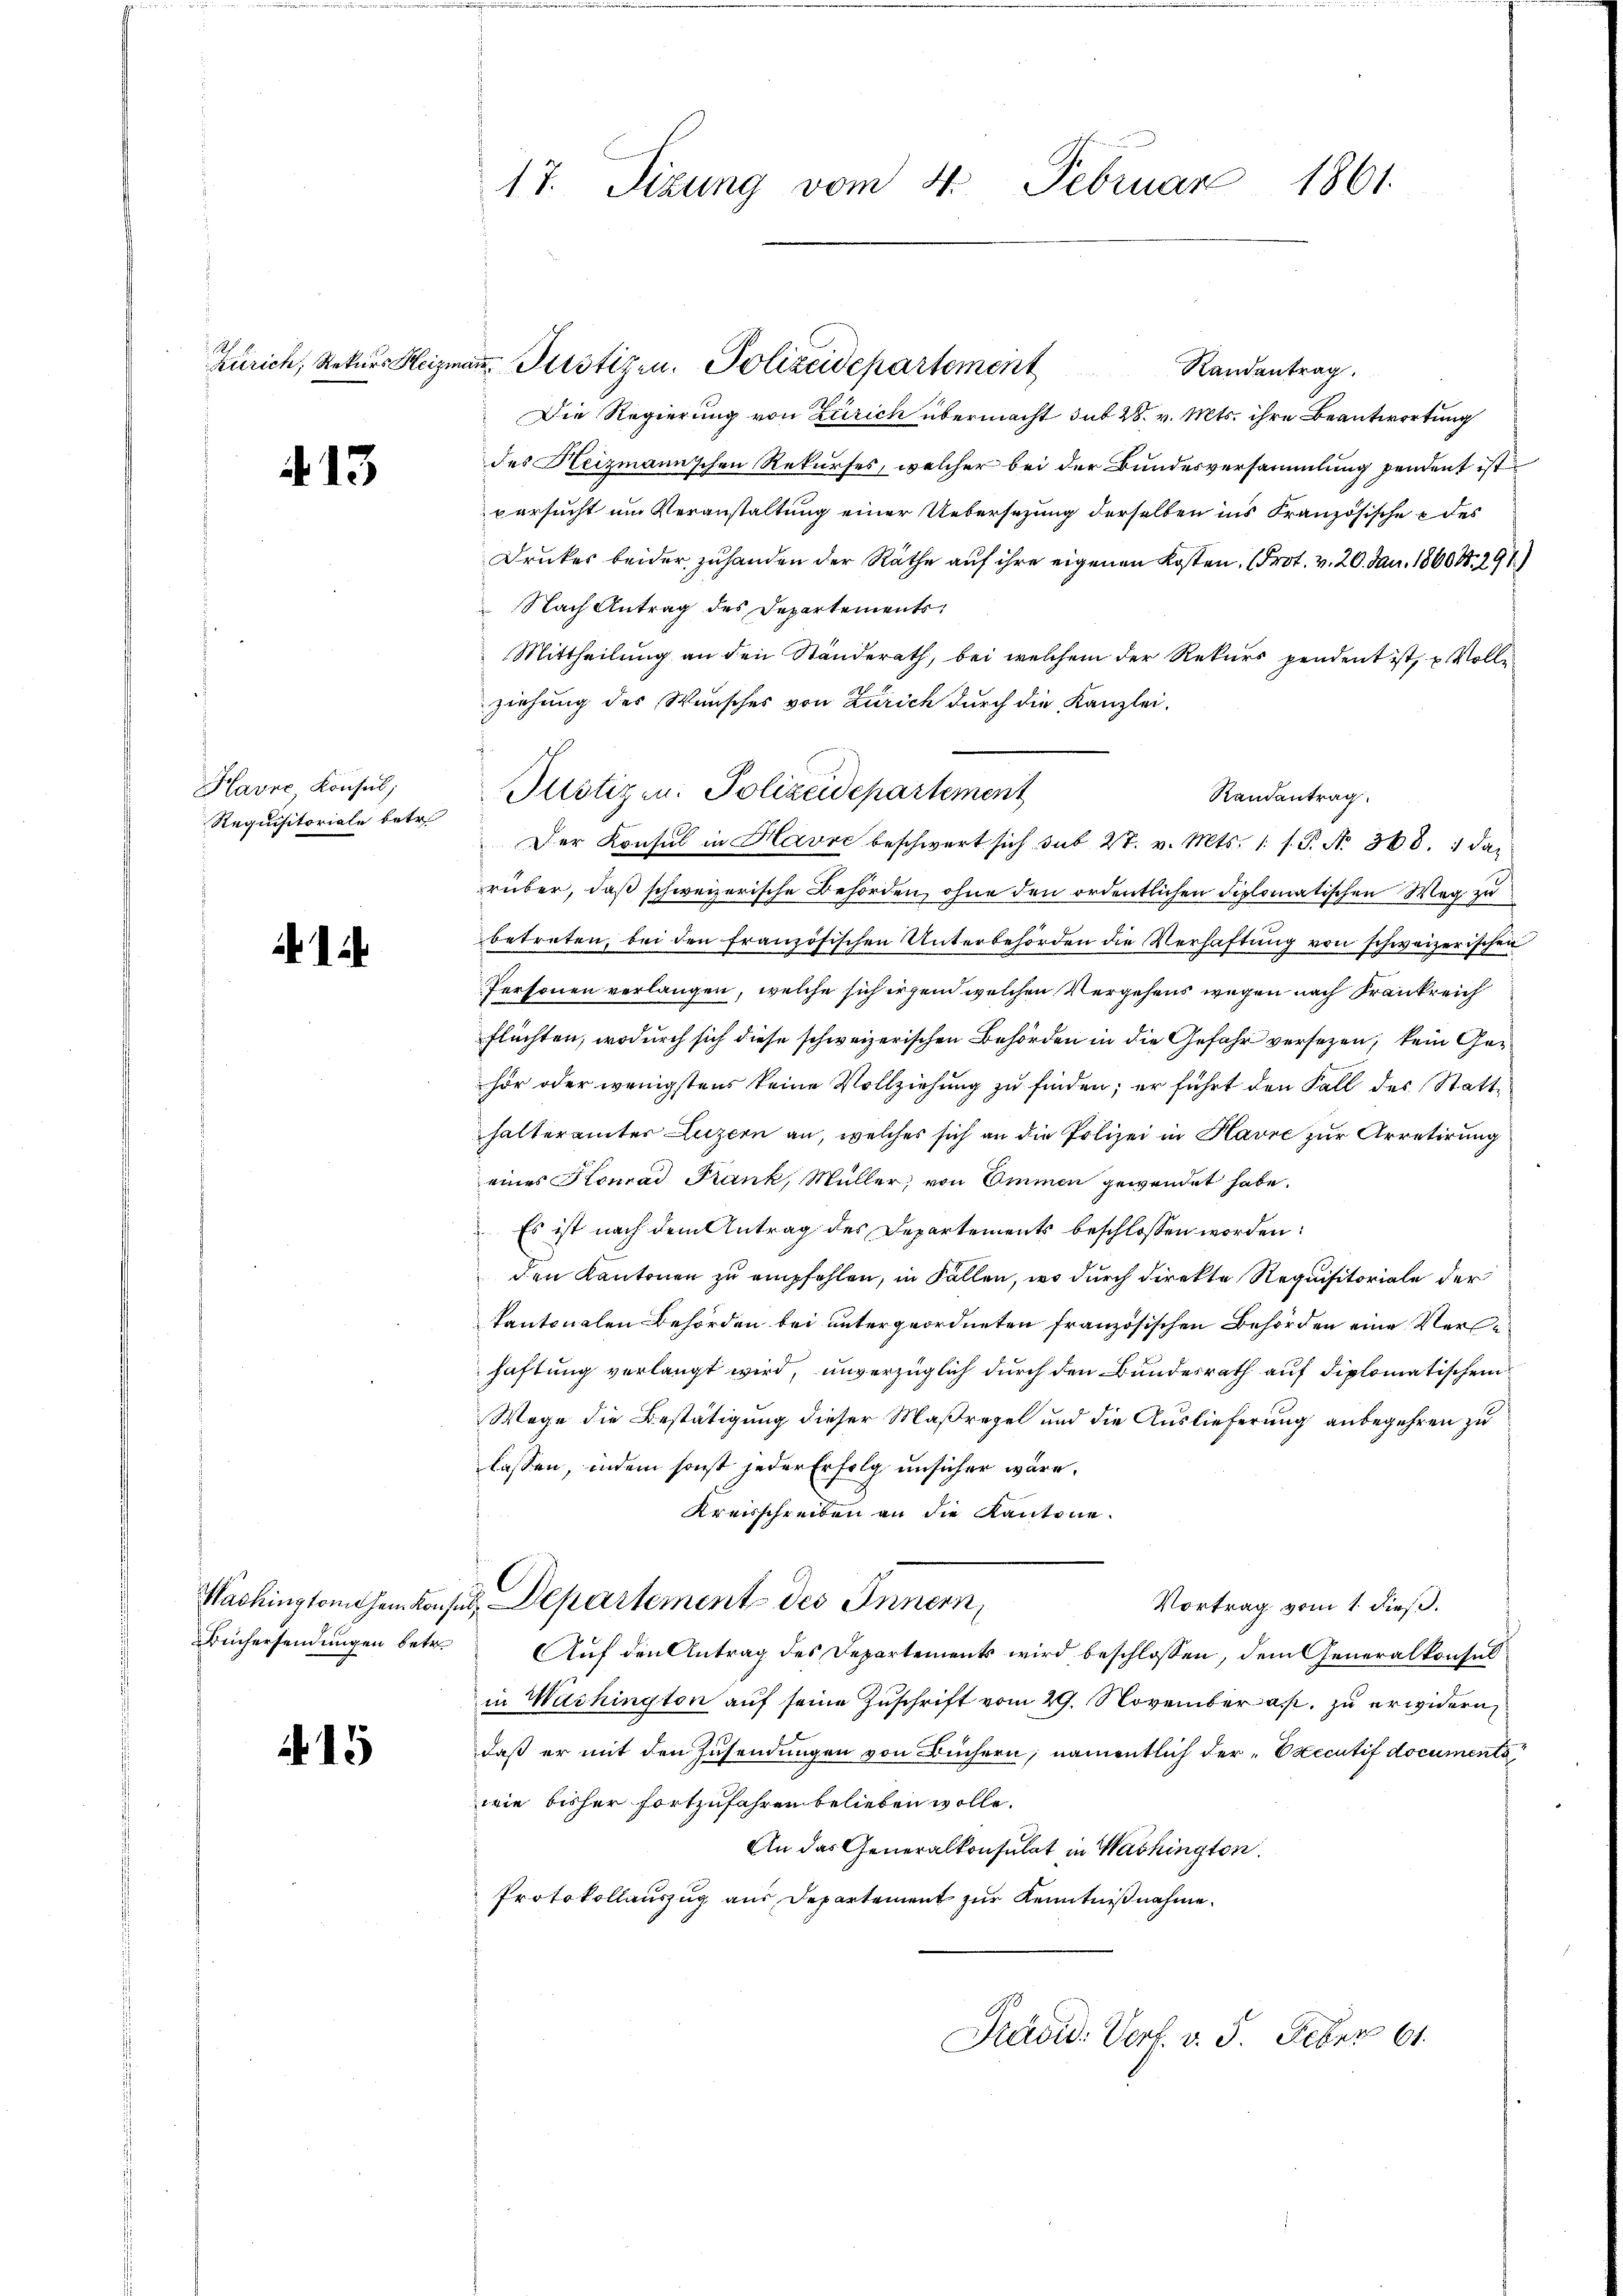
413

Havne Konsul,
Requisitoriale betr.

1

Büchersendungen betr.

1

17. Sizung vom 4. Februar 1861.

Zürich, Rekurs Heizmann Pristizen. Polizeidepartement

Randantrag.
Die Regierung von Zürich übermacht dit 28. v. Mts. ihre Beantwortung
des Heizmannschen Rekurses, welcher bei der Bundesversammlung sendent ist
versucht um Veranstaltung einer Uebersezung derselben ins Französische des
Druckes beider zuhanden der Räthe auf ihre eigenen Kosten (Prot. v. 20. Jan. 18608. 291)
 Nach Antrag des Departements
Mittheilung an den Ständerath, bei welchem der Rekurs pendent ist, u. Vollziehung des Wunsches von Zürich durch die Kanzlei-
Der Konsul in Havre beschwert sich sub 27. v. Mts. 1. s. P. N. 368. 1 daz
rüber, daß schweizerische Behörden, ohne den ordentlichen diplomatischen Weg zu
betreten, bei den französischen Unterbehörden die Verhaftung von schweizerischen
Personen verlangen, welche sich irgend welchen Vergehens wegen nach Krankreich
flüchten, wodurch sich diese schweizerischen Behörden in die Gefahr versezen, kein Gehör oder wenigstens keine Vollziehung zu finden; er führt den Fall des Statthalterämter Luzern an, welches sich an die Polizei in Havre zur Arretirung
eines Konrad Frank, Müller, von Ammen gewendet habe.
Es ist nach dem Antrag des Departements beschlossen worden:
den Kantonen zu empfehlen, in Fallen, wo durch direkte Requisitoriale der
kantonalen Behörden bei untergeordneten französischen Behörden eine Verhaftung verlangt wird, unverzüglich durch den Bundesrath auf diplomatischem
Wege die Bestätigung dieser Maßregel und die Auslieferung anbegehren zu
lassen, indem sonst jeder Erfolg unsicher wäre,
Kreisschreiben an die Kantone.
Washingtomohem Konses Departement des Innern,
Vortrag vom 1. dieß.
Auf den Antrag des Departements wird beschlossen, dem Generalkonsul
in Wachington auf seine Zuschrift vom 29. November a. zu erwidern
daß er mit den Zusendungen von Büchern, namentlich der Executif documenta
wie bisher fortzufahren belieben wolle.
An das Generalkonsulat in Washington
Protokollauszug aus Departement zur Kenntnißnahme.
Previd. Verf. v. 5. Feber 61.

Justizen: Polizeidepartement

Randantrag.